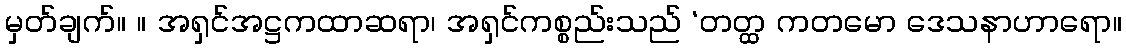
မှတ်ချက်။ ။ အရှင်အဋ္ဌကထာဆရာ၊ အရှင်ကစ္စည်းသည် ‘တတ္ထ ကတမော ဒေသနာဟာရော။